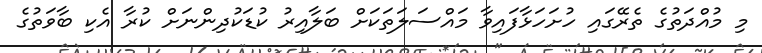
މި މުއްދަތުގެ ތެރޭގައި ހުށަހަޅާފައިވާ މައްސަލަތަކަށް ބަލާއިރު ކުޑަކުދިންނަށް ކުރާ އެކި ބާވަތުގެ